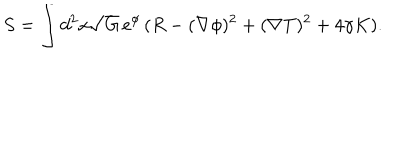
LaTeX: S = \int d ^ { 2 } x \sqrt { G } \, e ^ { \phi } \, ( R - ( \nabla \phi ) ^ { 2 } + ( \nabla T ) ^ { 2 } + 4 \gamma K ) . \nonumber